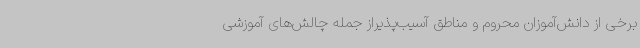
برخی از دانش‌آموزان محروم و مناطق آسیب‌پذیراز جمله چالش‌های آموزشی